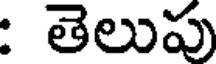
: తెలుపు